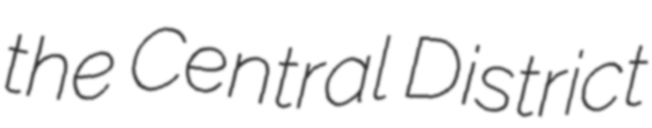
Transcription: the Central District